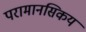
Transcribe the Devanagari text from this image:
परामानसिकय